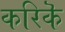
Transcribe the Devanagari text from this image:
करिकॆ